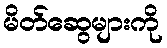
မိတ်ဆွေများကို